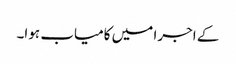
کے اجرا میں کامیاب ہوا۔